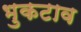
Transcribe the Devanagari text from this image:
भुकटाव